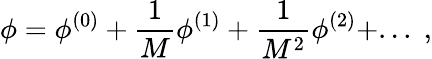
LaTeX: \phi=\phi^{(0)}+\frac{1}{M}\phi^{(1)}+\frac{1}{M^{2}}\phi^{(2)}+...\; ,